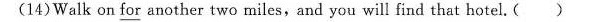
(14)Walk on for another two miles,and you will find that hotel. ( )